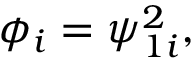
\phi _ { i } = \psi _ { 1 i } ^ { 2 } ,